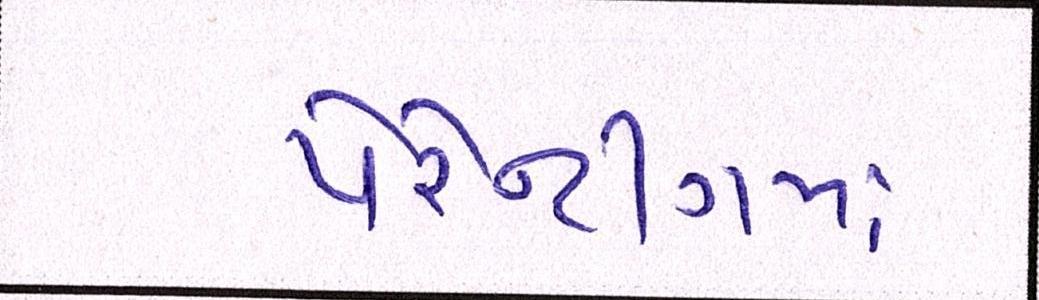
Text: પેરેન્ટીંગમાં